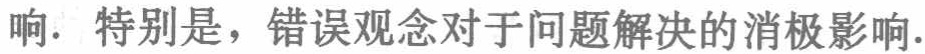
响. 特别是，错误观念对于问题解决的消极影响.